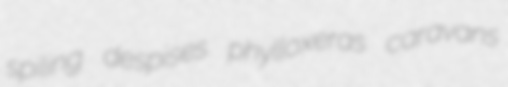
spiling despises phylloxeras caravans